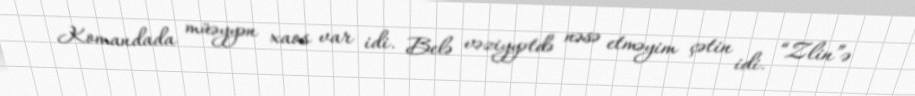
Komandada müəyyən xaos var idi. Belə vəziyyətdə nəsə etməyim çətin idi. “Zlin”ə